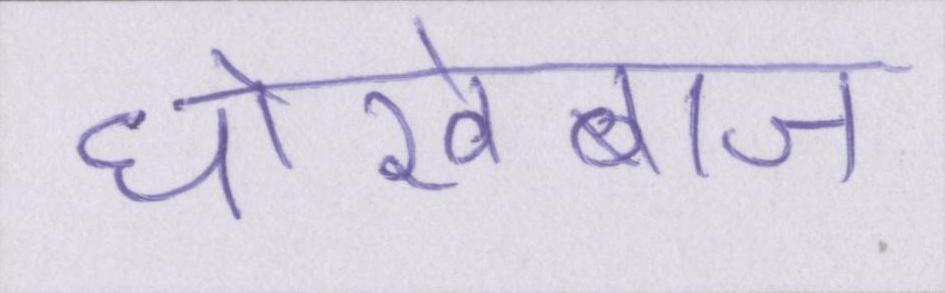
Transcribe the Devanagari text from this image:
धोखेबाज